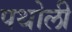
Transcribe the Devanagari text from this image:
पथोली